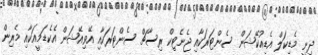
ދިނީ މެޑިކަލް އެޑިއުކޭޝަން ސެންޓަރަކާއި ޖެނެޓިކް ރިސާޗް ސެންޓަރަކާއި އޭވިއޭޝަން އެކެޑަމީއަކާއި މެރިން